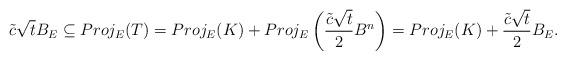
LaTeX: \begin{align*} \tilde{c} \sqrt{t} B_E \subseteq Proj_E(T)= Proj_E(K) + Proj_E \left(\frac{\tilde{c} \sqrt{t} }{2}B^n \right) = Proj_E(K) + \frac{\tilde{c} \sqrt{t} }{2} B_E.\end{align*}